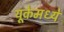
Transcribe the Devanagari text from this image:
यूकेमध्ये